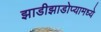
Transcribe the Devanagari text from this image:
झाडीझाडोप्यामध्ये